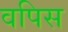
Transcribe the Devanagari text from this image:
वपिस